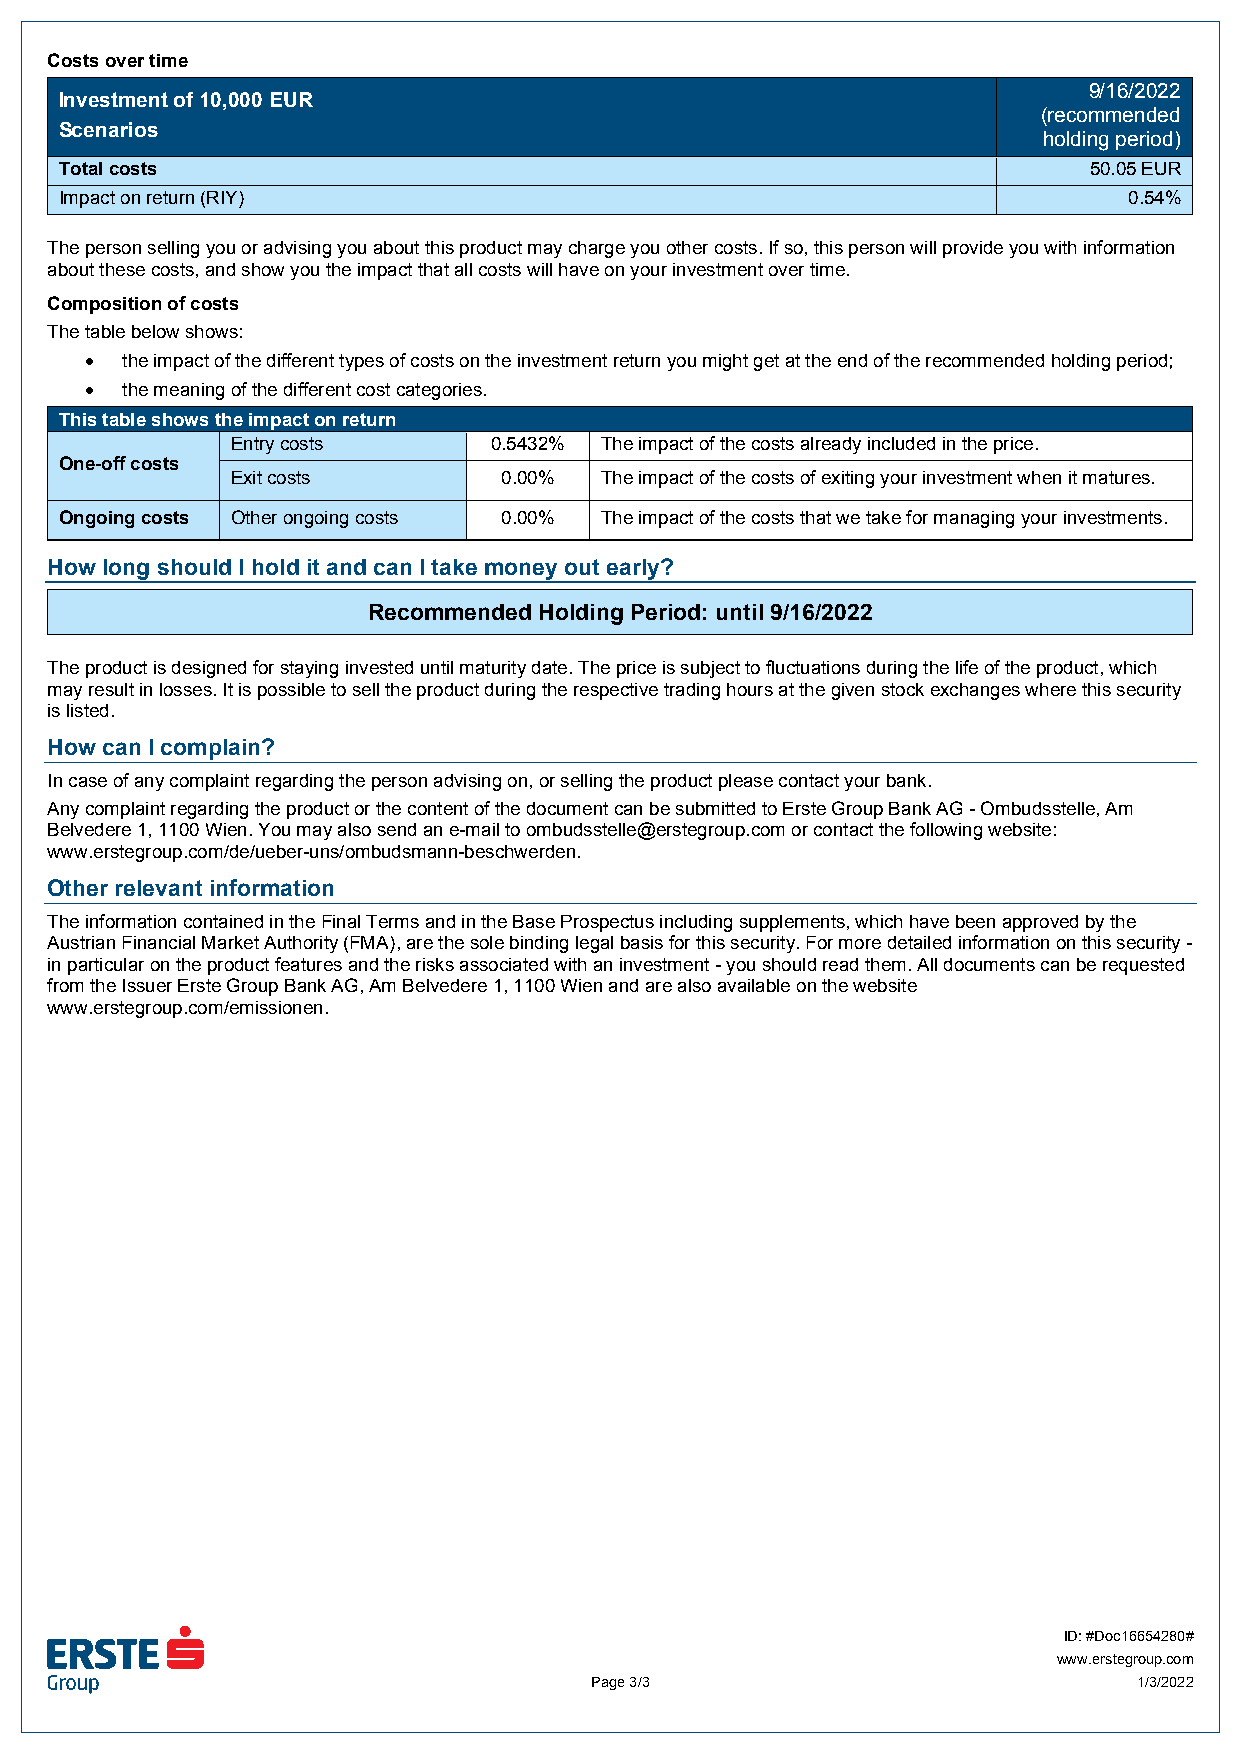
Costs over time
 9/16/2022
 Investment of 10,000 EUR
 (recommended
 Scenarios
 holding period)
 Total costs                                                         50.05 EUR
 Impact on return (RIY)                                                 0.54%
 The person selling you or advising you about this product may charge you other costs. If so, this person will provide you with information
 about these costs, and show you the impact that all costs will have on your investment over time.
 Composition of costs
 The table below shows:
  the impact of the different types of costs on the investment return you might get at the end of the recommended holding period;
  the meaning of the different cost categories.
 This table shows the impact on return
 Entry costs      0.5432% The impact of the costs already included in the price.
 One-off costs
 Exit costs        0.00%  The impact of the costs of exiting your investment when it matures.
 Ongoing costs Other ongoing costs 0.00% The impact of the costs that we take for managing your investments.
 How long should I hold it and can I take money out early?
 Recommended Holding Period: until 9/16/2022
 The product is designed for staying invested until maturity date. The price is subject to fluctuations during the life of the product, which
 may result in losses. It is possible to sell the product during the respective trading hours at the given stock exchanges where this security
 is listed.
 How can I complain?
 In case of any complaint regarding the person advising on, or selling the product please contact your bank.
 Any complaint regarding the product or the content of the document can be submitted to Erste Group Bank AG - Ombudsstelle, Am
 Belvedere 1, 1100 Wien. You may also send an e-mail to ombudsstelle@erstegroup.com or contact the following website:
 www.erstegroup.com/de/ueber-uns/ombudsmann-beschwerden.
 Other relevant information
 The information contained in the Final Terms and in the Base Prospectus including supplements, which have been approved by the
 Austrian Financial Market Authority (FMA), are the sole binding legal basis for this security. For more detailed information on this security -
 in particular on the product features and the risks associated with an investment - you should read them. All documents can be requested
 from the Issuer Erste Group Bank AG, Am Belvedere 1, 1100 Wien and are also available on the website
 www.erstegroup.com/emissionen.
 ID: #Doc16654280#
 www.erstegroup.com
 Page 3/3                            1/3/2022